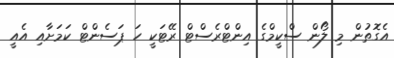
އެގޮތުން މި ލޯން ސްކީމްގެ އިންޓްރެސްޓް ރޭޓަކީ ހަ ޕަސެންޓް ކަމަށާއި އެއީ